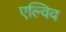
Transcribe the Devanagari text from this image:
एल्विव